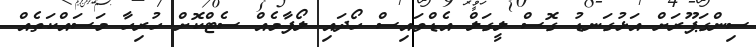
ސިންގަޕޫރަށް އަޅުގަނޑު ގޮސް ލީގަލް އެޑްވައިސް ހޯދައި ލޯފާމެއް ސެޓްކޮށް ހުރިހާ މަސައްކަތެއް